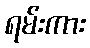
ရမ်းကား